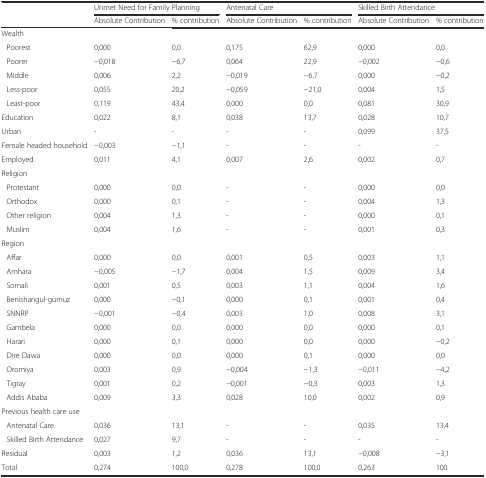
<table><thead><tr><td></td><td colspan="2"><b>Unmet Need for Family Planning</b></td><td colspan="2"><b>Antenatal Care</b></td><td colspan="2"><b>Skilled Birth Attendance</b></td></tr><tr><td></td><td><b>Absolute Contribution</b></td><td><b>% contribution</b></td><td><b>Absolute Contribution</b></td><td><b>% contribution</b></td><td><b>Absolute Contribution</b></td><td><b>% contribution</b></td></tr></thead><tbody><tr><td>Wealth</td><td></td><td></td><td></td><td></td><td></td><td></td></tr><tr><td>Poorest</td><td>0,000</td><td>0,0</td><td>0,175</td><td>62,9</td><td>0,000</td><td>0,0</td></tr><tr><td>Poorer</td><td>−0,018</td><td>−6,7</td><td>0,064</td><td>22,9</td><td>−0,002</td><td>−0,6</td></tr><tr><td>Middle</td><td>0,006</td><td>2,2</td><td>−0,019</td><td>−6,7</td><td>0,000</td><td>−0,2</td></tr><tr><td>Less-poor</td><td>0,055</td><td>20,2</td><td>−0,059</td><td>−21,0</td><td>0,004</td><td>1,5</td></tr><tr><td>Least-poor</td><td>0,119</td><td>43,4</td><td>0,000</td><td>0,0</td><td>0,081</td><td>30,9</td></tr><tr><td>Education</td><td>0,022</td><td>8,1</td><td>0,038</td><td>13,7</td><td>0,028</td><td>10,7</td></tr><tr><td>Urban</td><td>-</td><td>-</td><td>-</td><td>-</td><td>0,099</td><td>37,5</td></tr><tr><td>Female headed household</td><td>−0,003</td><td>−1,1</td><td>-</td><td>-</td><td>-</td><td>-</td></tr><tr><td>Employed</td><td>0,011</td><td>4,1</td><td>0,007</td><td>2,6</td><td>0,002</td><td>0,7</td></tr><tr><td>Religion</td><td></td><td></td><td></td><td></td><td></td><td></td></tr><tr><td>Protestant</td><td>0,000</td><td>0,0</td><td>-</td><td>-</td><td>0,000</td><td>0,0</td></tr><tr><td>Orthodox</td><td>0,000</td><td>0,1</td><td>-</td><td>-</td><td>0,004</td><td>1,3</td></tr><tr><td>Other religion</td><td>0,004</td><td>1,3</td><td>-</td><td>-</td><td>0,000</td><td>0,1</td></tr><tr><td>Muslim</td><td>0,004</td><td>1,6</td><td>-</td><td>-</td><td>0,001</td><td>0,3</td></tr><tr><td>Region</td><td></td><td></td><td></td><td></td><td></td><td></td></tr><tr><td>Affar</td><td>0,000</td><td>0,0</td><td>0,001</td><td>0,5</td><td>0,003</td><td>1,1</td></tr><tr><td>Amhara</td><td>−0,005</td><td>−1,7</td><td>0,004</td><td>1,5</td><td>0,009</td><td>3,4</td></tr><tr><td>Somali</td><td>0,001</td><td>0,5</td><td>0,003</td><td>1,1</td><td>0,004</td><td>1,6</td></tr><tr><td>Benishangul-gumuz</td><td>0,000</td><td>−0,1</td><td>0,000</td><td>0,1</td><td>0,001</td><td>0,4</td></tr><tr><td>SNNRP</td><td>−0,001</td><td>−0,4</td><td>0,003</td><td>1,0</td><td>0,008</td><td>3,1</td></tr><tr><td>Gambela</td><td>0,000</td><td>0,0</td><td>0,000</td><td>0,0</td><td>0,000</td><td>0,1</td></tr><tr><td>Harari</td><td>0,000</td><td>0,1</td><td>0,000</td><td>0,0</td><td>0,000</td><td>−0,2</td></tr><tr><td>Dire Dawa</td><td>0,000</td><td>0,0</td><td>0,000</td><td>0,1</td><td>0,000</td><td>0,0</td></tr><tr><td>Oromiya</td><td>0,003</td><td>0,9</td><td>−0,004</td><td>−1,3</td><td>−0,011</td><td>−4,2</td></tr><tr><td>Tigray</td><td>0,001</td><td>0,2</td><td>−0,001</td><td>−0,3</td><td>0,003</td><td>1,3</td></tr><tr><td>Addis Ababa</td><td>0,009</td><td>3,3</td><td>0,028</td><td>10,0</td><td>0,002</td><td>0,9</td></tr><tr><td colspan="2">Previous health care use</td><td></td><td></td><td></td><td></td><td></td></tr><tr><td>Antenatal Care</td><td>0,036</td><td>13,1</td><td>-</td><td>-</td><td>0,035</td><td>13,4</td></tr><tr><td>Skilled Birth Attendance</td><td>0,027</td><td>9,7</td><td>-</td><td>-</td><td>-</td><td>-</td></tr><tr><td>Residual</td><td>0,003</td><td>1,2</td><td>0,036</td><td>13,1</td><td>−0,008</td><td>−3,1</td></tr><tr><td>Total</td><td>0,274</td><td>100,0</td><td>0,278</td><td>100,0</td><td>0,263</td><td>100</td></tr></tbody></table>